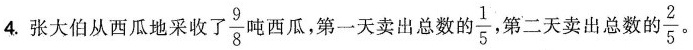
4.张大伯从西瓜地采收了 \frac{9}{8} 吨西瓜，第一天卖出总数的 \frac{1}{5} 第二天卖出总数的 \frac{2}{5} 。